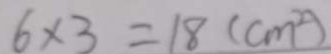
6 \times 3 = 1 8 ( c m ^ { 2 } )